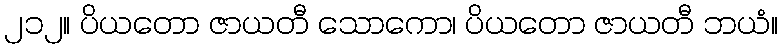
၂၁၂။ ပိယတော ဇာယတီ သောကော၊ ပိယတော ဇာယတီ ဘယံ။